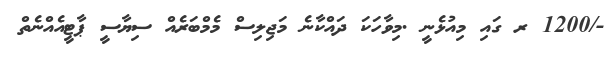
-/1200 ރ ގައި މިއުޅެނީ .މިވާހަކަ ދައްކާނެ މަޖިލިސް މެމްބަރެއް ސިޔާސީ ޕާޓީއެއްނެތް